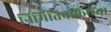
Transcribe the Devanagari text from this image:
निर्मितिप्रकियेचा